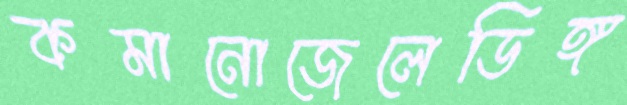
কমানোজেলেডিঙ্গ